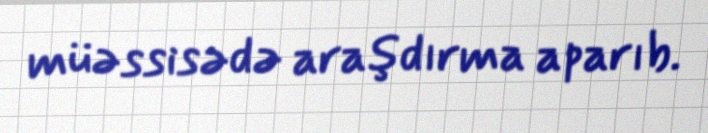
müəssisədə araşdırma aparıb.